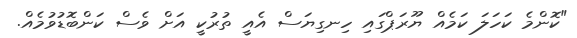
"ކޮންމެ ކަހަލަ ކަމެއް ޔޫރަޕްގައި ހިނގިޔަސް އެއީ ތުރުކީ އަށް ވެސް ކަންބޮޑުވުމެއް.